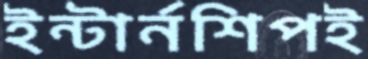
ইন্টার্নশিপই